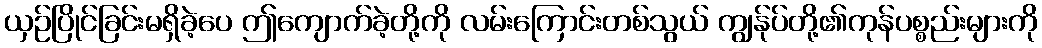
ယှဉ်ပြိုင်ခြင်းမရှိခဲ့ပေ ဤကျောက်ခဲ့တို့ကို လမ်းကြောင်းတစ်သွယ် ကျွန်ုပ်တို့၏ကုန်ပစ္စည်းများကို